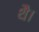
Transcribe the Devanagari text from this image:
थेै।